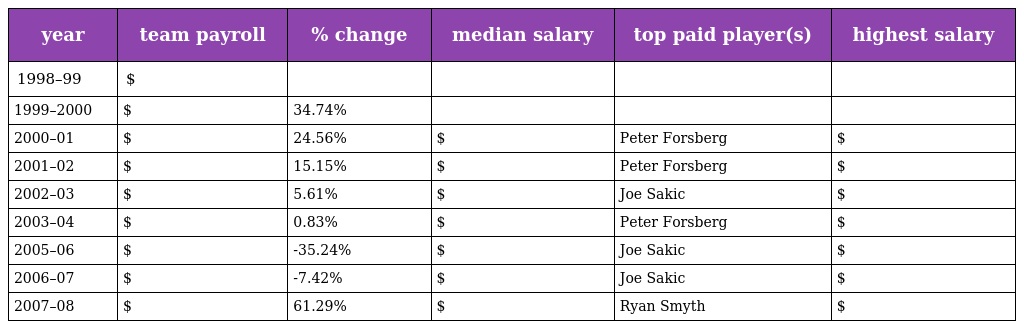
| year | team payroll | % change | median salary | top paid player(s) | highest salary |
 | --- | --- | --- | --- | --- | --- |
 | 1998–99 | $ |  |  |  |  |
 | 1999–2000 | $ | 34.74% |  |  |  |
 | 2000–01 | $ | 24.56% | $ | Peter Forsberg | $ |
 | 2001–02 | $ | 15.15% | $ | Peter Forsberg | $ |
 | 2002–03 | $ | 5.61% | $ | Joe Sakic | $ |
 | 2003–04 | $ | 0.83% | $ | Peter Forsberg | $ |
 | 2005–06 | $ | -35.24% | $ | Joe Sakic | $ |
 | 2006–07 | $ | -7.42% | $ | Joe Sakic | $ |
 | 2007–08 | $ | 61.29% | $ | Ryan Smyth | $ |